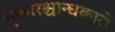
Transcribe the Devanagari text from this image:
गुकारश्चान्धकारो